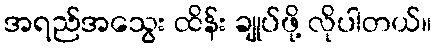
အရည်အသွေး ထိန်း ချုပ်ဖို့ လိုပါတယ်။